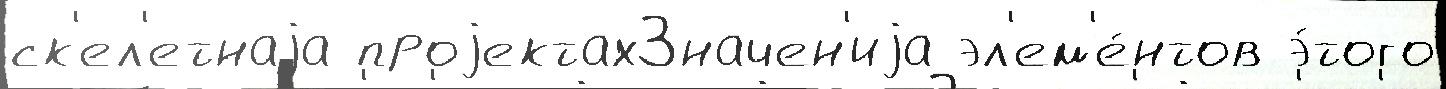
ск'ел'етнаjа проjектахЗначен'иjа эл'ем'е́нтов э́того